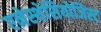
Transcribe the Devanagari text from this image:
एनेस्थेसियोजिस्ट